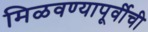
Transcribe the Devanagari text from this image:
मिळवण्यापूर्वीची